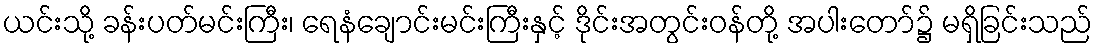
ယင်းသို့ ခန်းပတ်မင်းကြီး၊ ရေနံချောင်းမင်းကြီးနှင့် ဒိုင်းအတွင်းဝန်တို့ အပါးတော်၌ မရှိခြင်းသည်